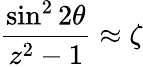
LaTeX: {\frac{\sin^{2}2\theta}{z^{2}-1}}\approx\zeta